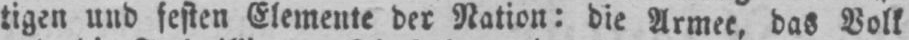
tigen und festen Elemente der Nation: die Armee, das Volk